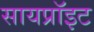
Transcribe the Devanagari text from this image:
सायप्रॉइट